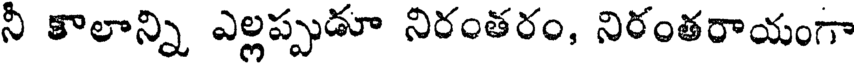
నీ కాలాన్ని ఎల్లప్పుడూ నిరంతరం, నిరంతరాయంగా